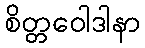
စိတ္တဝေါဒါနာ